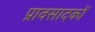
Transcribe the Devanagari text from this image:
प्रावसादकों